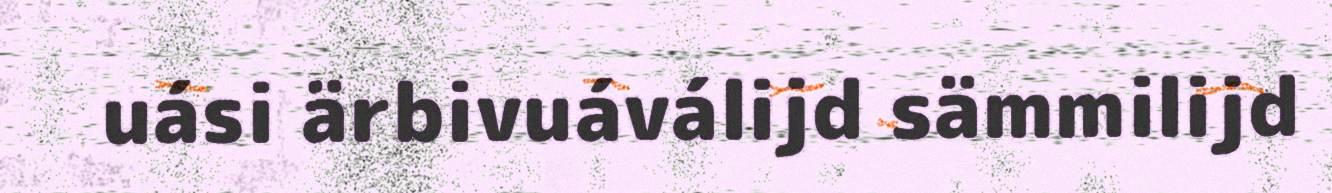
uási ärbivuáválijd sämmilijd